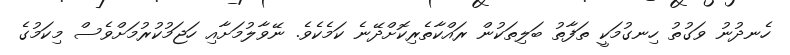
ހެނދުނު ވަގުތު ހިނގުމަކީ ތަފާތު ބަލިތަކުން ރައްކާތެރިކޮށްދޭނެ ކަމެކެވެ. ނޭވާލުމަށާއި ހަޖަމުކުރުމަށްވެސް މިކަމުގެ